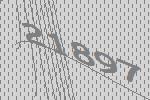
21897